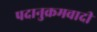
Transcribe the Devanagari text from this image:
पदानुक्रमवादी